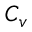
C _ { v }